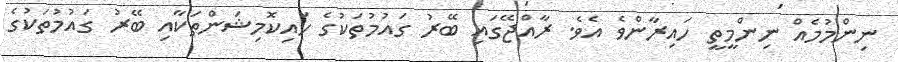
ނިންމުމެއް ނިންމީތީ ހައިރާންވެ އެވެ. ރާއްޖޭގައި ބޭރު ގައުމުތަކުގެ ހައިކޮމިޝަންތަކާއި ބޭރު ގައުމުތަކުގެ